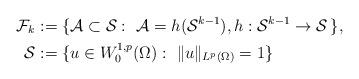
LaTeX: \begin{align*}\mathcal{F}_k &:= \{\mathcal{A} \subset \mathcal{S}:~ \mathcal{A}=h(\mathcal{S}^{k-1}), h: \mathcal{S}^{k-1} \to \mathcal{S} \,\}, \\\mathcal{S} &:= \{u \in W_0^{1,p}(\Omega):~ \|u\|_{L^p(\Omega)} = 1 \}\end{align*}